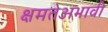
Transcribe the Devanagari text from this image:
क्षमतेअभावी